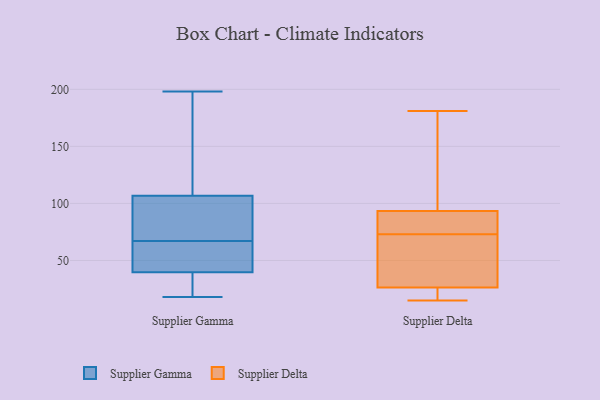
{"axis": {"x": "Headcount", "y": "Value"}, "legend": ["Supplier Delta", "Supplier Gamma"], "data": [{"x": "", "y": 25, "type": "Supplier Gamma"}, {"x": "", "y": 198, "type": "Supplier Gamma"}, {"x": "", "y": 90, "type": "Supplier Gamma"}, {"x": "", "y": 109, "type": "Supplier Gamma"}, {"x": "", "y": 56, "type": "Supplier Gamma"}, {"x": "", "y": 67, "type": "Supplier Gamma"}, {"x": "", "y": 132, "type": "Supplier Gamma"}, {"x": "", "y": 31, "type": "Supplier Gamma"}, {"x": "", "y": 77, "type": "Supplier Gamma"}, {"x": "", "y": 50, "type": "Supplier Gamma"}, {"x": "", "y": 100, "type": "Supplier Gamma"}, {"x": "", "y": 39, "type": "Supplier Gamma"}, {"x": "", "y": 197, "type": "Supplier Gamma"}, {"x": "", "y": 42, "type": "Supplier Gamma"}, {"x": "", "y": 18, "type": "Supplier Gamma"}, {"x": "", "y": 84, "type": "Supplier Delta"}, {"x": "", "y": 73, "type": "Supplier Delta"}, {"x": "", "y": 76, "type": "Supplier Delta"}, {"x": "", "y": 59, "type": "Supplier Delta"}, {"x": "", "y": 142, "type": "Supplier Delta"}, {"x": "", "y": 61, "type": "Supplier Delta"}, {"x": "", "y": 89, "type": "Supplier Delta"}, {"x": "", "y": 27, "type": "Supplier Delta"}, {"x": "", "y": 15, "type": "Supplier Delta"}, {"x": "", "y": 181, "type": "Supplier Delta"}, {"x": "", "y": 24, "type": "Supplier Delta"}, {"x": "", "y": 23, "type": "Supplier Delta"}, {"x": "", "y": 106, "type": "Supplier Delta"}]}